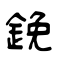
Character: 鋔